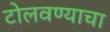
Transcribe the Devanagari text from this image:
टोलवण्याचा